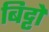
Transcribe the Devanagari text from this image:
बिट्टो